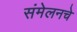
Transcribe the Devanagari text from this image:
संमेलनचे